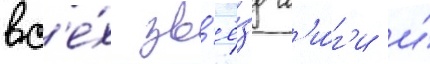
вс'е́х зв'ё́зд л'и́г'и и́